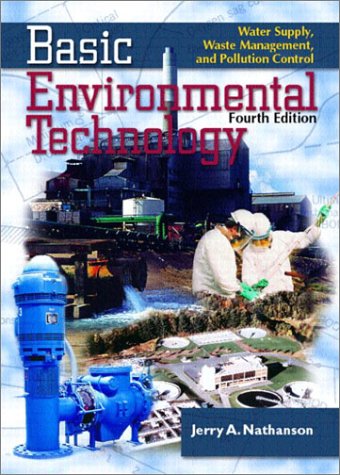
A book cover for Basic Environmental Technology: Water Supply, Waste Management and Pollution Control (4th Edition); Jerry A. Nathanson; Science & Math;